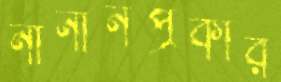
নানানপ্রকার